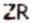
ZR